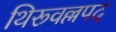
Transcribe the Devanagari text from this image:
थिरूवल्लपद